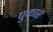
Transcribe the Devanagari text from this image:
पुकारें